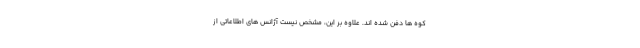
کوه ها دفن شده اند. علاوه بر این، مشخص نیست آژانس های اطلاعاتی از